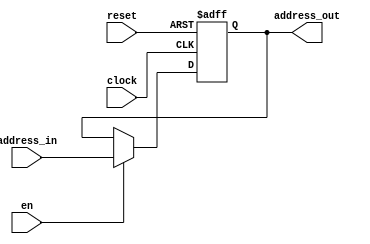
module pc(clock, reset, en, address_in, address_out);
	input clock, reset, en;
	input[11:0] address_in;
	output[11:0] address_out;
	
   //Intialize q to 000000000000
	reg [11:0] address_out;
   initial
   begin
       address_out = 12'b0;
   end

   //Set value of q on positive edge of the clock or clear
   always @(posedge clock or posedge reset) begin
       //If clear is high, set q to 0
       if (reset) begin
           address_out <= 12'b0;
       //If enable is high, set q to the value of d
       end else if (en) begin
           address_out <= address_in;
       end
   end
endmodule